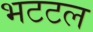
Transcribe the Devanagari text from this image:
भटटल